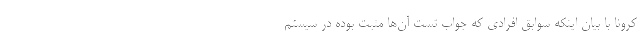
کرونا با بیان اینکه سوابق افرادی که جواب تست آن‌ها مثبت بوده در سیستم